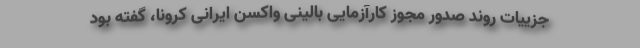
جزییات روند صدور مجوز کارآزمایی بالینی واکسن ایرانی کرونا، گفته بود